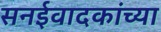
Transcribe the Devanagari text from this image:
सनईवादकांच्या